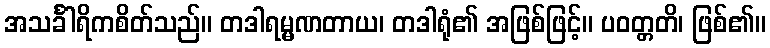
အသင်္ခါရိကစိတ်သည်။ တဒါရမ္မဏတာယ၊ တဒါရုံ၏ အဖြစ်ဖြင့်။ ပဝတ္တတိ၊ ဖြစ်၏။